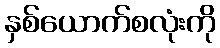
နှစ်ယောက်စလုံးကို